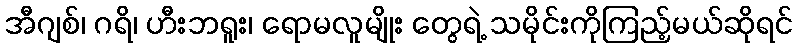
အီဂျစ်၊ ဂရိ၊ ဟီးဘရူး၊ ရောမလူမျိုး တွေရဲ့ သမိုင်းကိုကြည့်မယ်ဆိုရင်